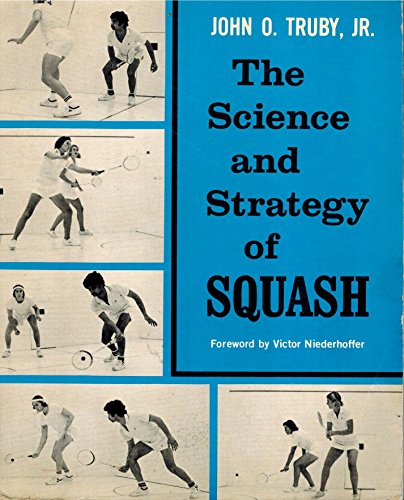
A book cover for The Science and Strategy of Squash; John O. Truby Jr.; Sports & Outdoors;